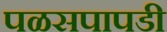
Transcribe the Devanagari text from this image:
पळसपापडी